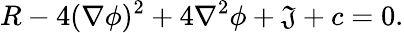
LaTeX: R-4(\nabla\phi)^{2}+4\nabla^{2}\phi+\mathfrak{J}+c=0.